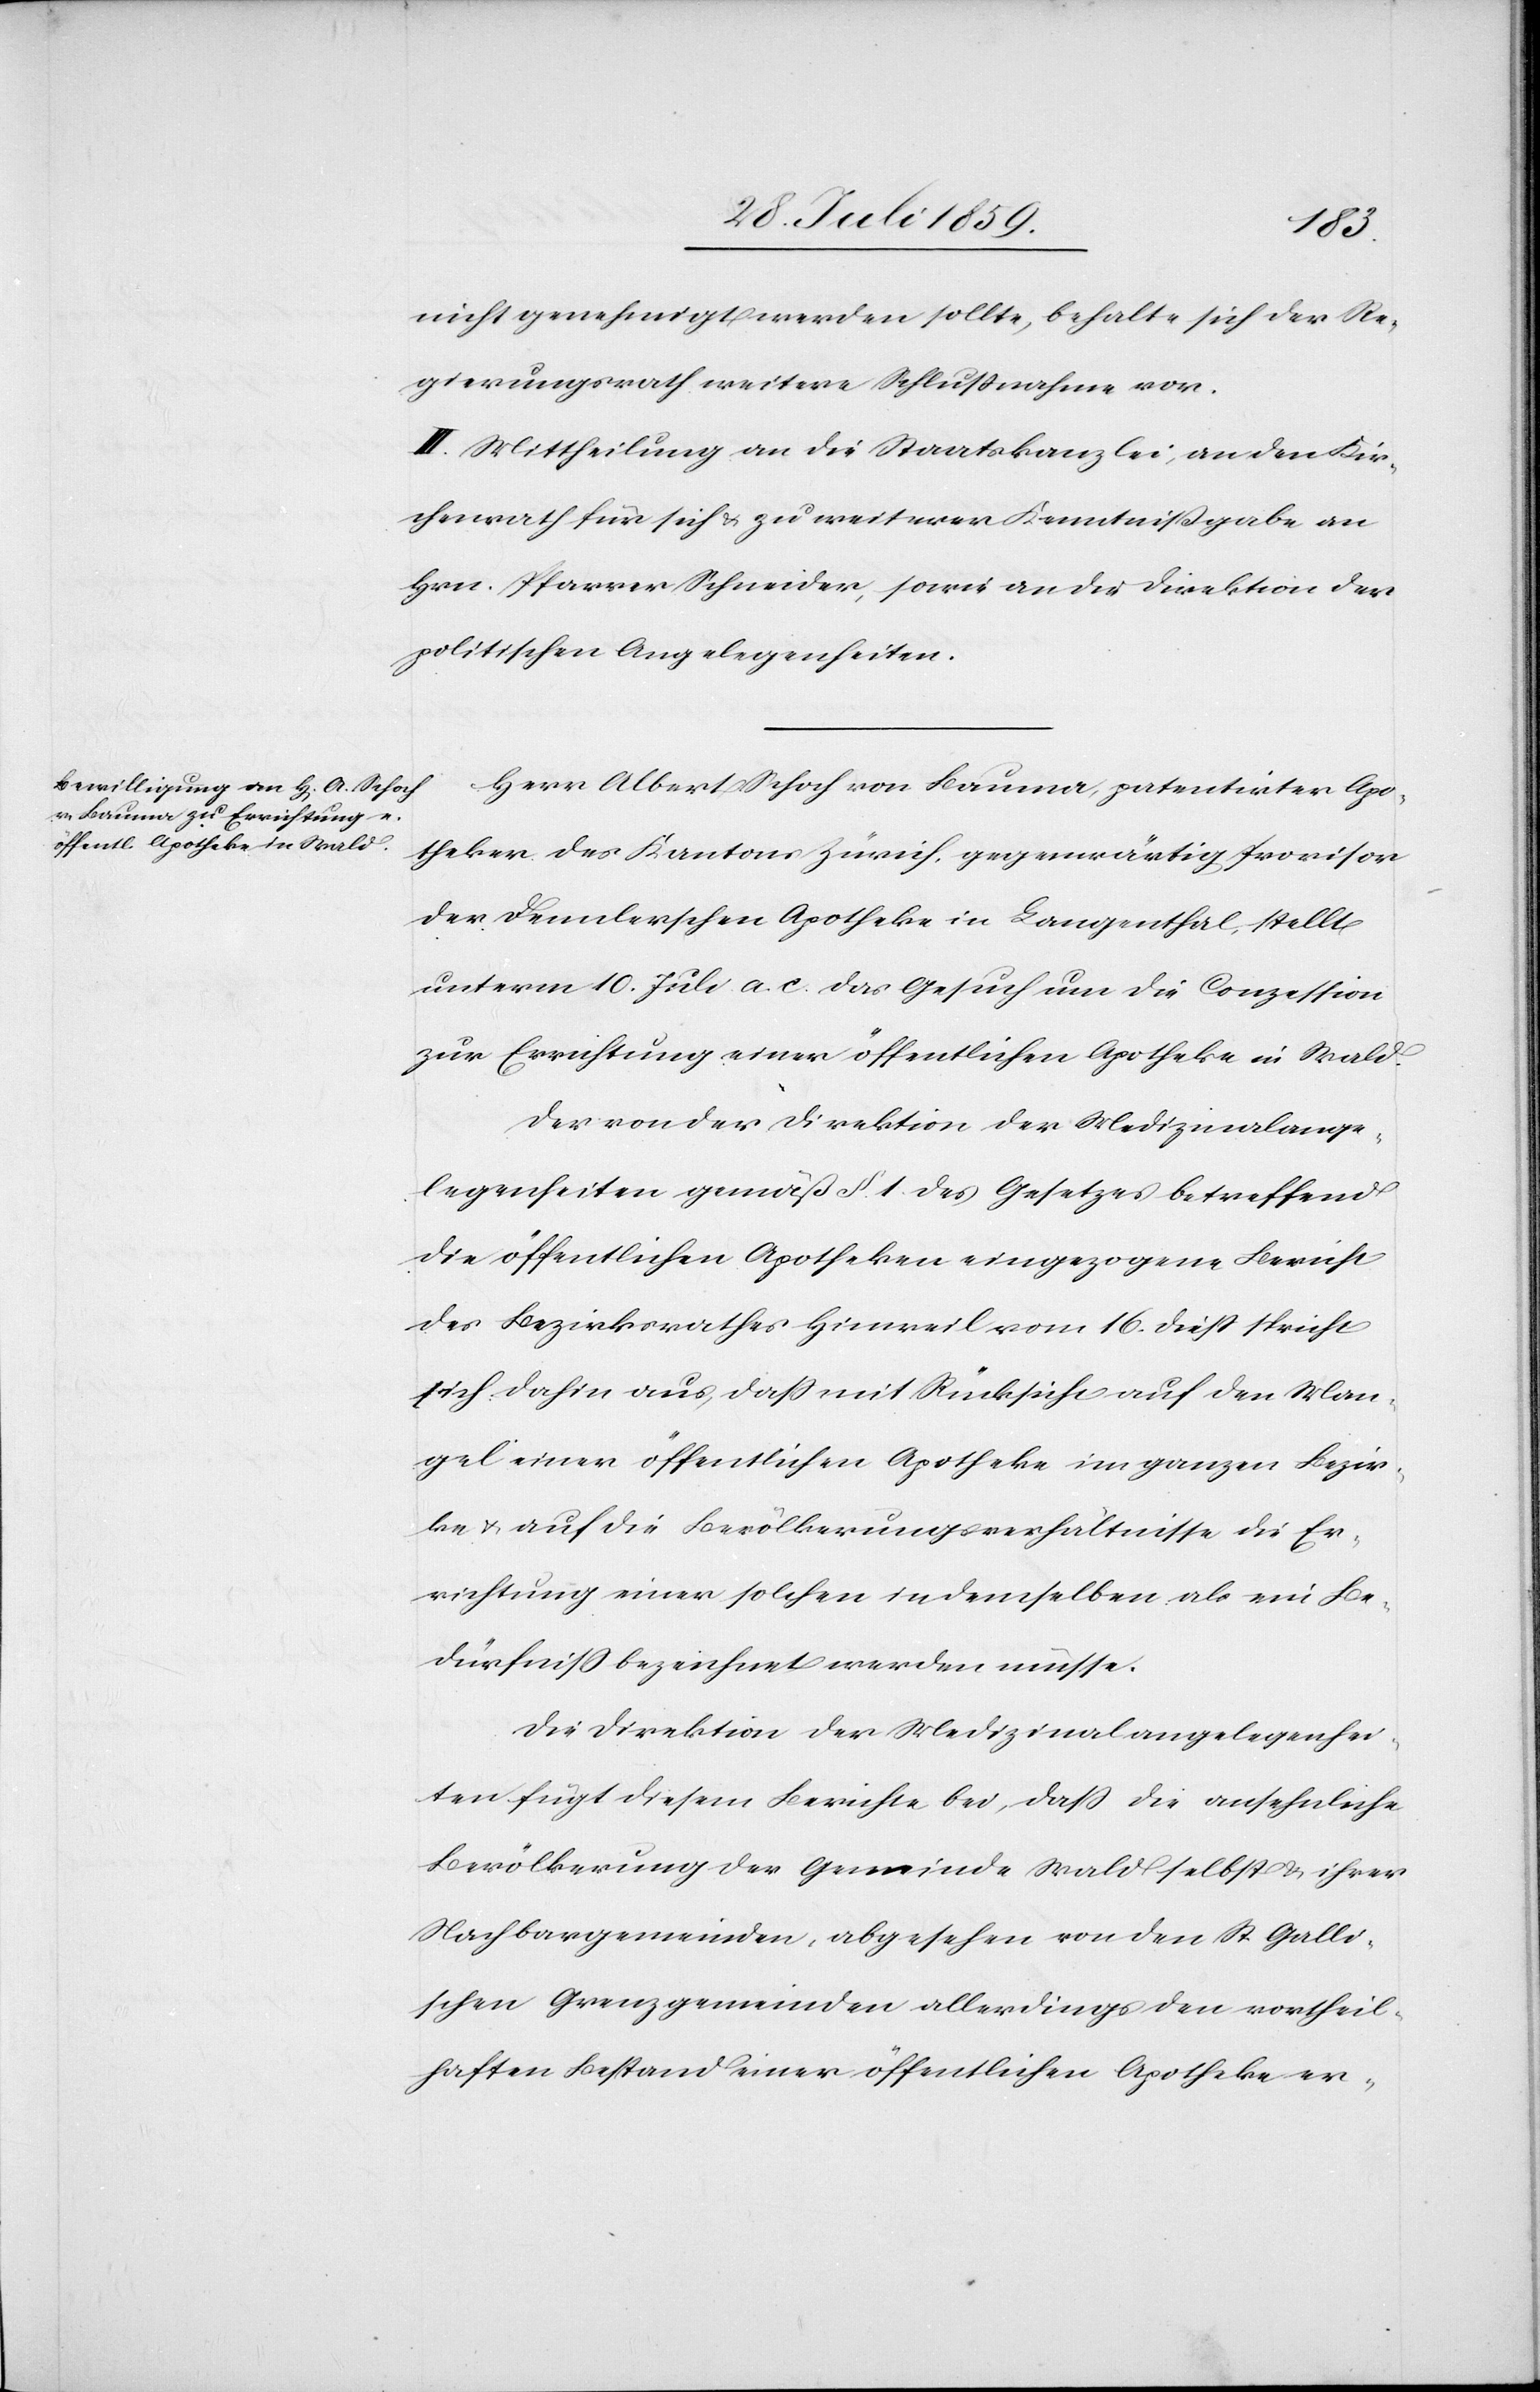
nicht genehmigt werden sollte, behalte sich der Re¬
gierungsrath weitere Schlußnahme vor.
III. Mittheilung an die Staatskanzlei, an den Kir¬
chenrath für sich u. zu weiterer Kenntnißgabe an
Hrn. Pfarrer Schneider, sowie an die Direktion der
politischen Angelegenheiten.
Herr Albert Schoch von Bauma, patentirter Apo¬
theker des Kantons Zürich, gegenwärtig Provisor
der Dennlerschen Apotheke in Langenthal, stellt
unterm 10. Juli a. c. das Gesuch um die Conzession
zur Errichtung einer öffentlichen Apotheke in Wald.
Der von der Direktion der Medizinalange¬
legenheiten gemäß § 1 des Gesetzes betreffend
die öffentlichen Apotheken eingezogene Bericht
des Bezirksrathes Hinweil vom 16. dieß spricht
sich dahin aus, daß mit Rücksicht auf den Man¬
gel einer öffentlichen Apotheke im ganzen Bezir¬
ke u. auf die Bevölkerungsverhältnisse die Er¬
richtung einer solchen in demselben als ein Be¬
dürfniß bezeichnet werden müsse.
Die Direktion der Medizinalangelegenhei¬
ten fügt diesem Berichte bei, daß die ansehnliche
Bevölkerung der Gemeinde Wald selbst u. ihrer
Nachbargemeinden, abgesehen von den St. Galli¬
schen Grenzgemeinden allerdings den vortheil¬
haften Bestand einer öffentlichen Apotheke er-